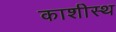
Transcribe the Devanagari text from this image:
काशीस्थ